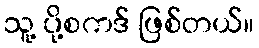
သူ့ ပို့စကဒ် ဖြစ်တယ်။